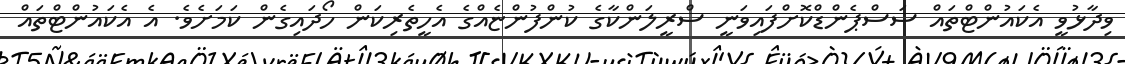
ވިދާޅުވީ އެކައުންޓްތައް ސަސްޕެންޑްކޮށްފައިވަނީ ސްރީލަންކާގެ ކުންފުންޏެއްގެ އެހީތެރިކަން ހޯދައިގެން ކަމަށެވެ. އެ އެކައުންޓްތައް